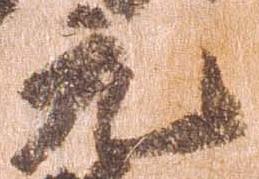
元